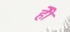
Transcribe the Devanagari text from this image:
हेेो